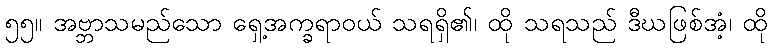
၅၅။ အဗ္ဘာသမည်သော ရှေ့အက္ခရာဝယ် သရရှိ၏၊ ထို သရသည် ဒီဃဖြစ်အံ့၊ ထို